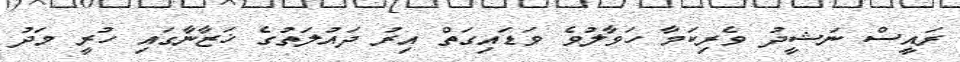
ރައީސް ނަޝީދު ވެރިކަމާ ހަވާލުވެ ވަޑައިގަތް އިރު ދައުލަތުގެ ޚަޒާނާގައި ހުރީ މަދު